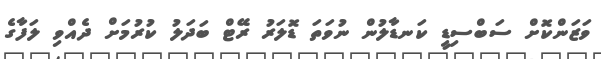
ވަޒަންކޮށް ސަބްސިޑީ ކަނޑާލުން ނުވަތަ ޑޮލަރު ރޭޓް ބަދަލު ކުރުމަށް ދެއްވި ލަފާގެ